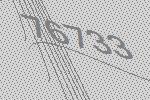
76733